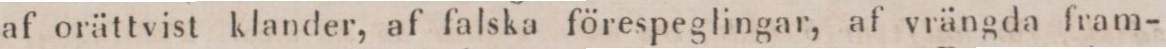
af orättvist klander, af falska förespeglingar, af vrängda fram-